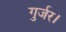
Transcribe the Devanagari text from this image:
गुर्जर।